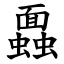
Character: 蠠